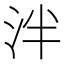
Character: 泮